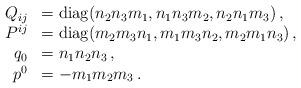
LaTeX: \begin{align*}\begin{array}{rl}Q_{ij} &= {\rm diag}(n_2 n_3 m_1, n_1 n_3 m_2, n_2 n_1 m_3 ) \,, \\P^{ij} &= {\rm diag}(m_2 m_3 n_1, m_1 m_3 n_2, m_2 m_1 n_3 ) \,,\\q_0 & = n_1 n_2 n_3 \,,\\p^0& = - m_1 m_2 m_3 \,. \end{array}\end{align*}